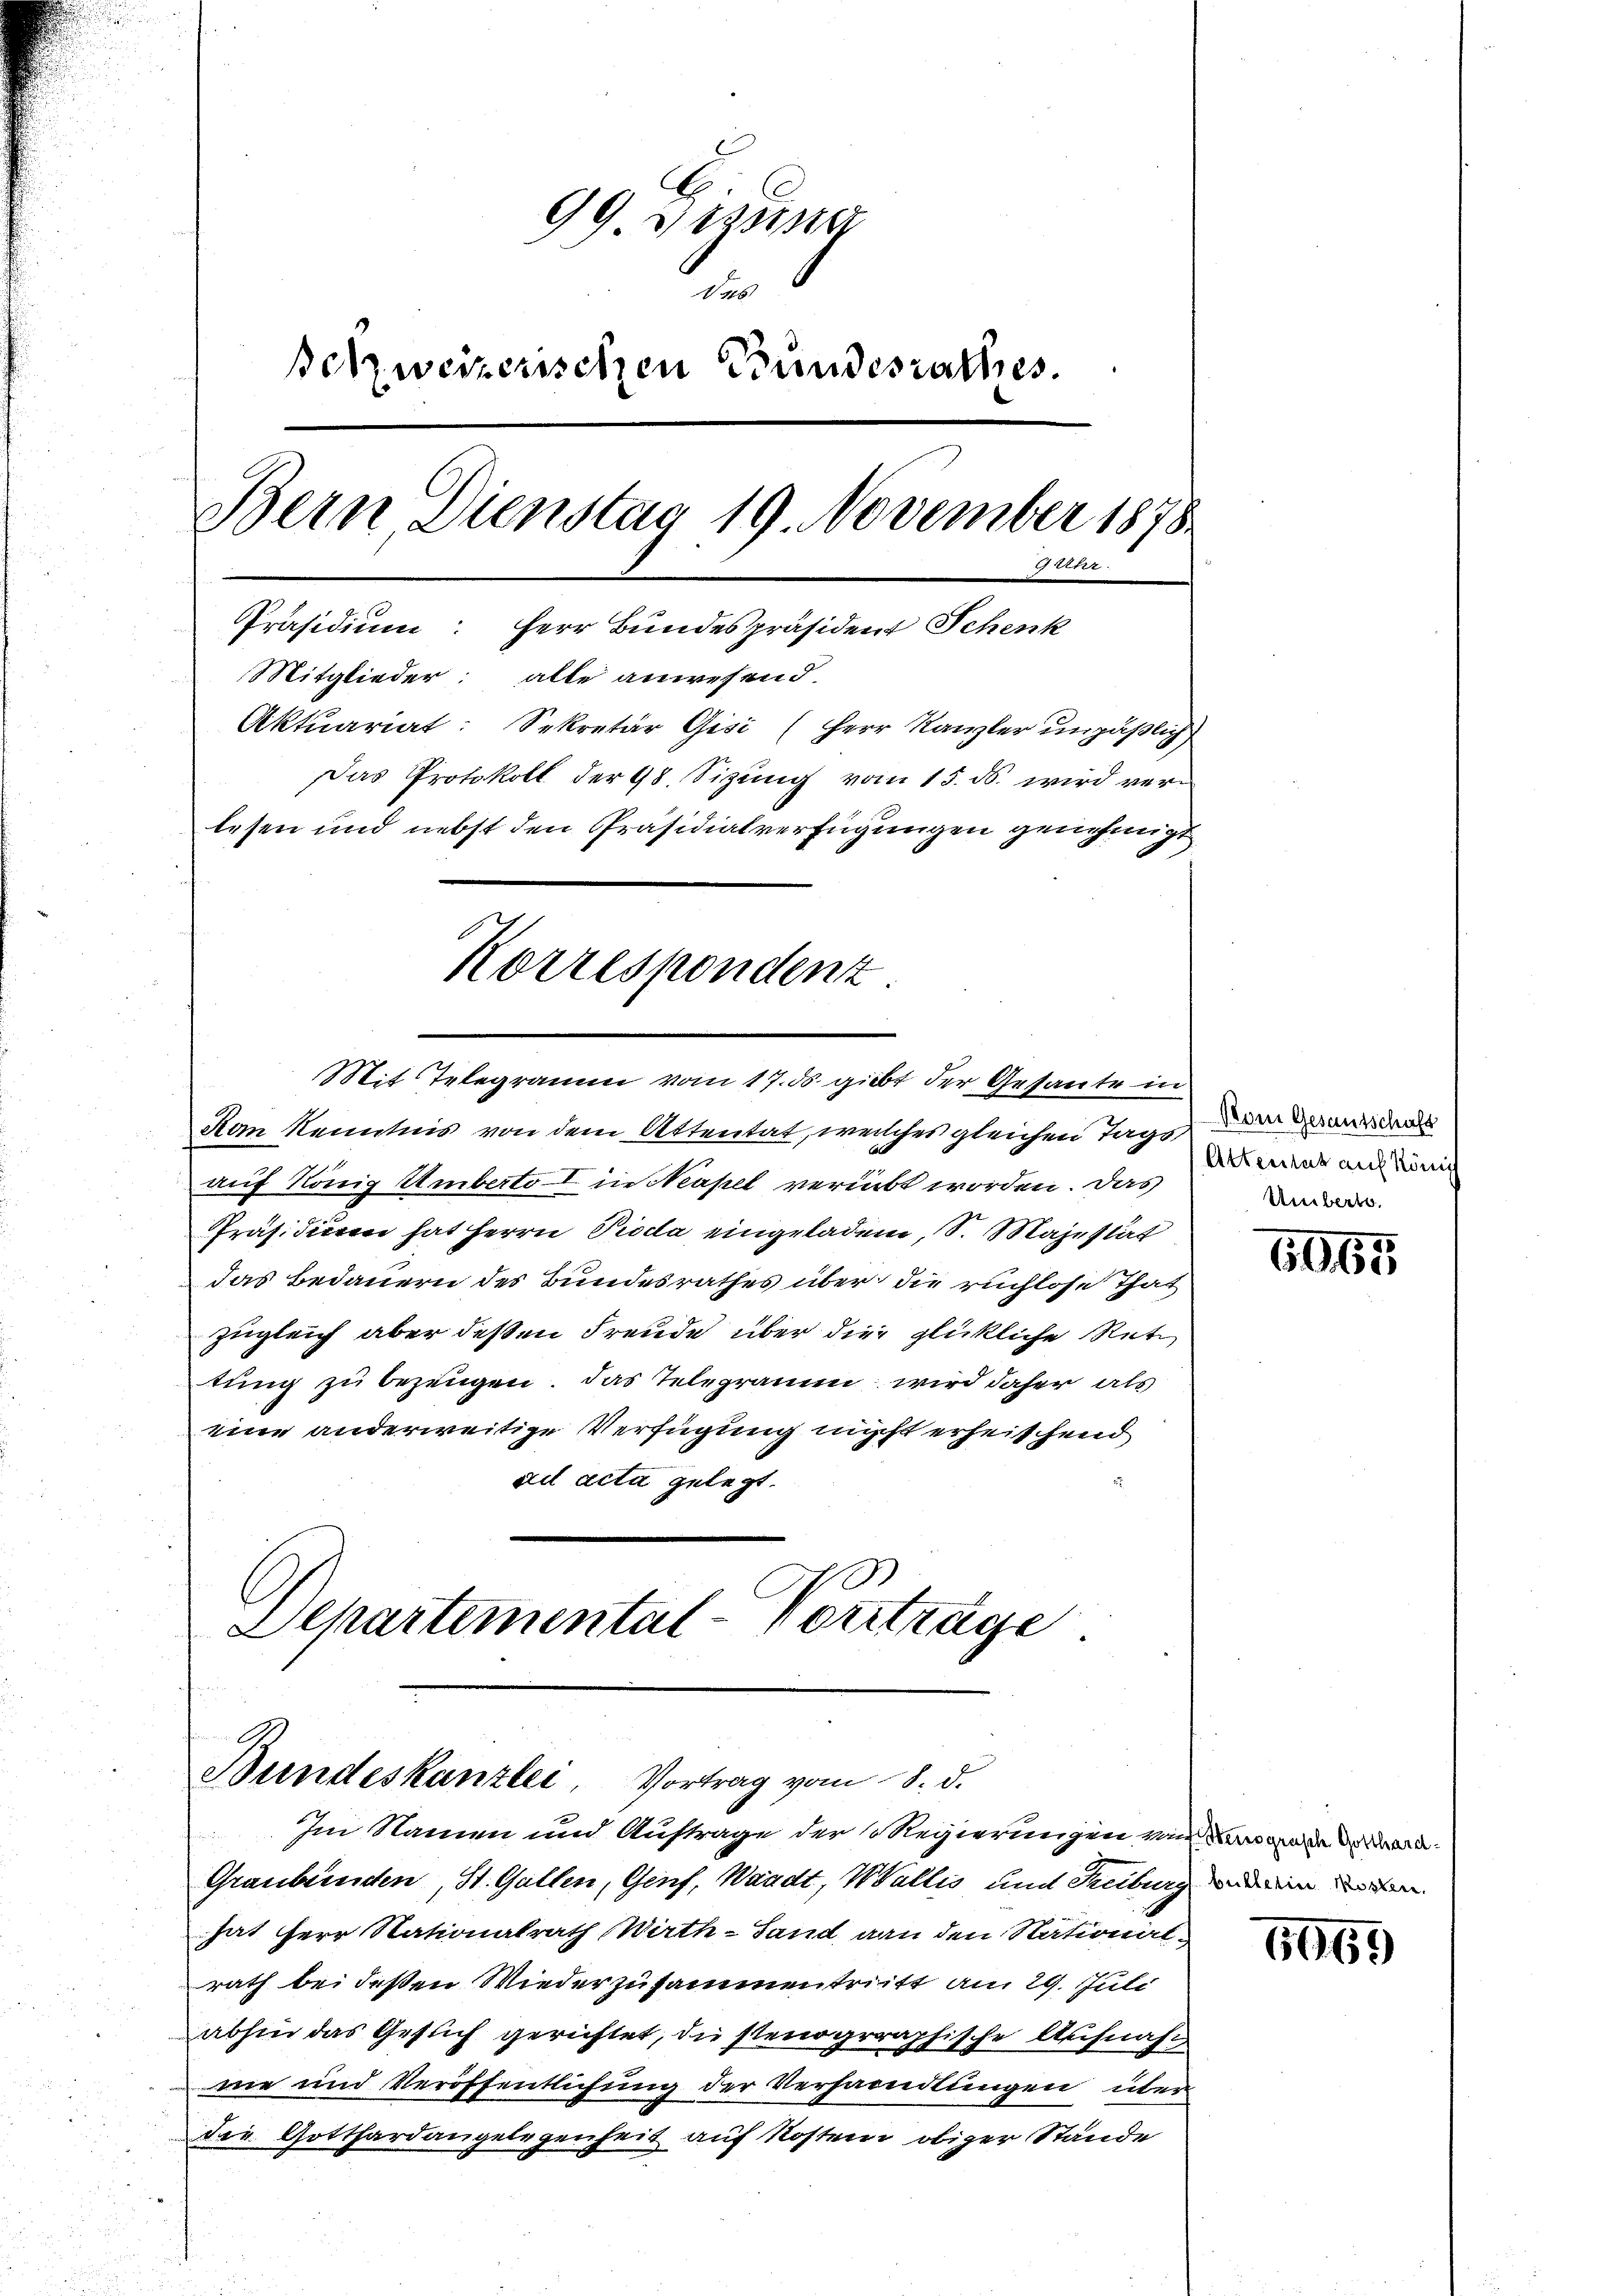
99 Dizung
e
Betzweizerischen Bundesrathes.
Bern Dienstag 19. November 1878
Gertr
Präsidium: Herr Bundespräsident Schenk
Mitglieder: alle anwesend.
Aktuariat: Sekretär Gisi (Herr Kanzler unpäßlich
Das Protokoll der 98. Sizung vom 15. ds. wird verlesen und nebst den Präsidialverfügungen genehmigt
Korrespondenz.

Kan Kenntnis von dem Attentat, welches gleichen Tagsauf König Umberto I in Neapel verübt worden. Das
Präsidium hat Herrn Pioda eingeladen, S. Majestät
das Bedauern des Bundesrathes über die ruchlose That
zugleich aber deßen Freude über die glückliche Retz
tung zu bezeugen. Das Telegramm wird daher als
eine anderweitige Verfügung nicht erheithend
ad acta gelegt.

Im Namen und Auftrage der so Regierungen und werde der Werd¬
Graubünden, St. Gallen, Genf, Waadt, Wallis und Treiburg in den
hat Herr Nationalrath Wirth-Sand, an den Stationalrath bei deßen Wiederzusammentritt am 29. Juli
abhin das Gesuch gerichtet, die stenographische Aufnah
ne und Veröffentlichung der Verhandlungen über
der Gotthardangelegenheit auf Kosten obiger Stände

Mit Telegramm vom 17. ds gibt der Gesante in

Departemental-Vortrage
Bundeskanzlei Vortrag vom 8. d.

Vom Gesantschaft
Attentat auf Köni
Umbert.

6065

6069